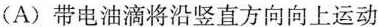
(A)带电油滴将沿竖直方向向上运动